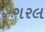
ગરલ